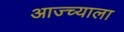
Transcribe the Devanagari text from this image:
आज्च्याला